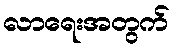
လာရေးအတွက်